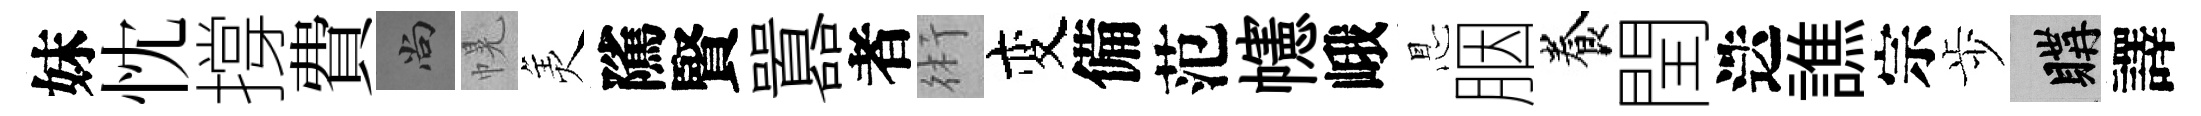
妹忱撐費尚幌羙隲賢囂者術变備范幰峨㤙胭養閏迭譙宗歩購譯